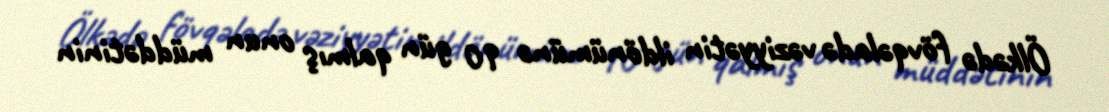
Ölkədə fövqəladə vəziyyətin ildönümünə 90 gün qalmış onun müddətinin